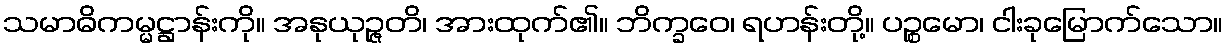
သမာဓိကမ္မဋ္ဌာန်းကို။ အနုယုဉ္ဇတိ၊ အားထုက်၏။ ဘိက္ခဝေ၊ ရဟန်းတို့။ ပဉ္စမော၊ ငါးခုမြောက်သော။